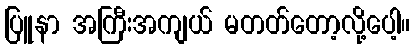
ပြူနာ အကြီးအကျယ် မတတ်တော့လို့ပေါ့။